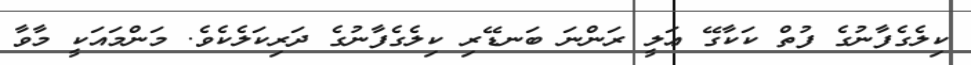
ކިލެގެފާނުގެ ފުތް ކަކާގޭ ޢަލީ ރަންނަ ބަނޑޭރި ކިލެގެފާނުގެ ދަރިކަލެކެވެ. މަންމައަކީ މާވާ